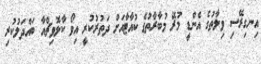
އިނގިރޭސި ވިލާތުގެ އެންޑީ މުރޭ މުބާރާތުގެ ކުއާޓާއަށް ދަތުރުކުރީ އިވޯ ކާލޮވިޗްއާ ބައްދަލުކުރި